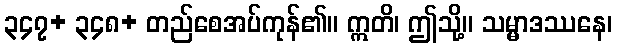
၃၄၇+ ၃၄၈+ တည်စေအပ်ကုန်၏။ ဣတိ၊ ဤသို့။ သမ္မာဒဿနေ၊